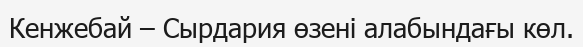
Кенжебай – Сырдария өзені алабындағы көл.